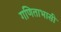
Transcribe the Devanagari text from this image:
गणिताभासी